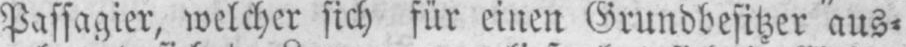
Passagier, welcher sich für einen Grundbesitzer aus⸗